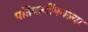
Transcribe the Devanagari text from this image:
पतिपत्‍नींमधल्या